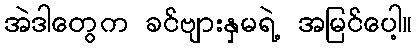
အဲဒါတွေက ခင်ဗျားနှမရဲ့ အမြင်ပေါ့။